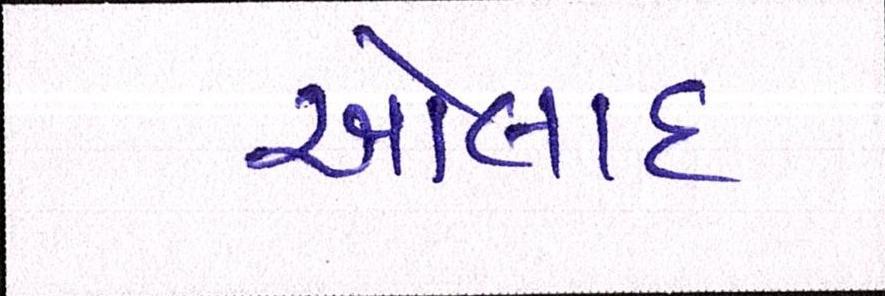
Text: ઓલાદ